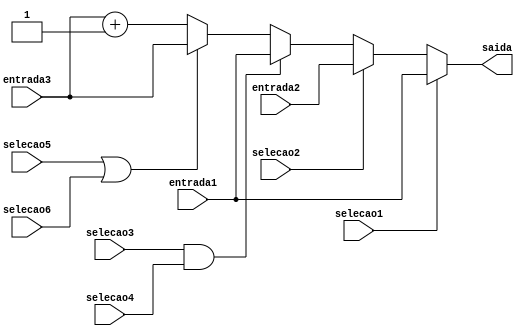
module mux32b3e5s
#(parameter DATA_WIDTH=32, parameter ADDR_WIDTH=6, parameter A = 16'b0000000000000000, parameter B = 6'b000000)	
	(
	input [DATA_WIDTH - 1:0] entrada1,
	input [DATA_WIDTH - 1:0] entrada2,
	input [DATA_WIDTH - 1:0] entrada3,
	output reg [DATA_WIDTH - 1:0] saida,
	input selecao1,
	input selecao2,
	input selecao3,
	input selecao4,
	input selecao5,
	input selecao6);
	
	always @ (*)
	begin
		
		/* Jump ou jump and link */
		if (selecao1) saida = entrada1;
		/* Jump register */
		else if (selecao2) saida = entrada2;
		/* Branches */
		else if (selecao3 && selecao4) saida = entrada1;
		/* Halt ou in */
		else if (selecao5 == 1 || selecao6 == 1) saida = entrada3;
		/* Saida normal*/
		else saida = entrada3 + 1;
	
	end
	
endmodule